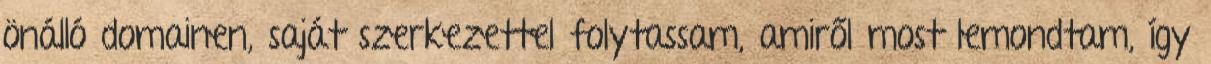
önálló domainen, saját szerkezettel folytassam, amiről most lemondtam, így